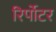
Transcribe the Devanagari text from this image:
रिर्पोटर